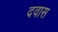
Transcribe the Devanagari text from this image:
दवास